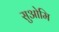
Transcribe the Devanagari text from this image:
सुओमि